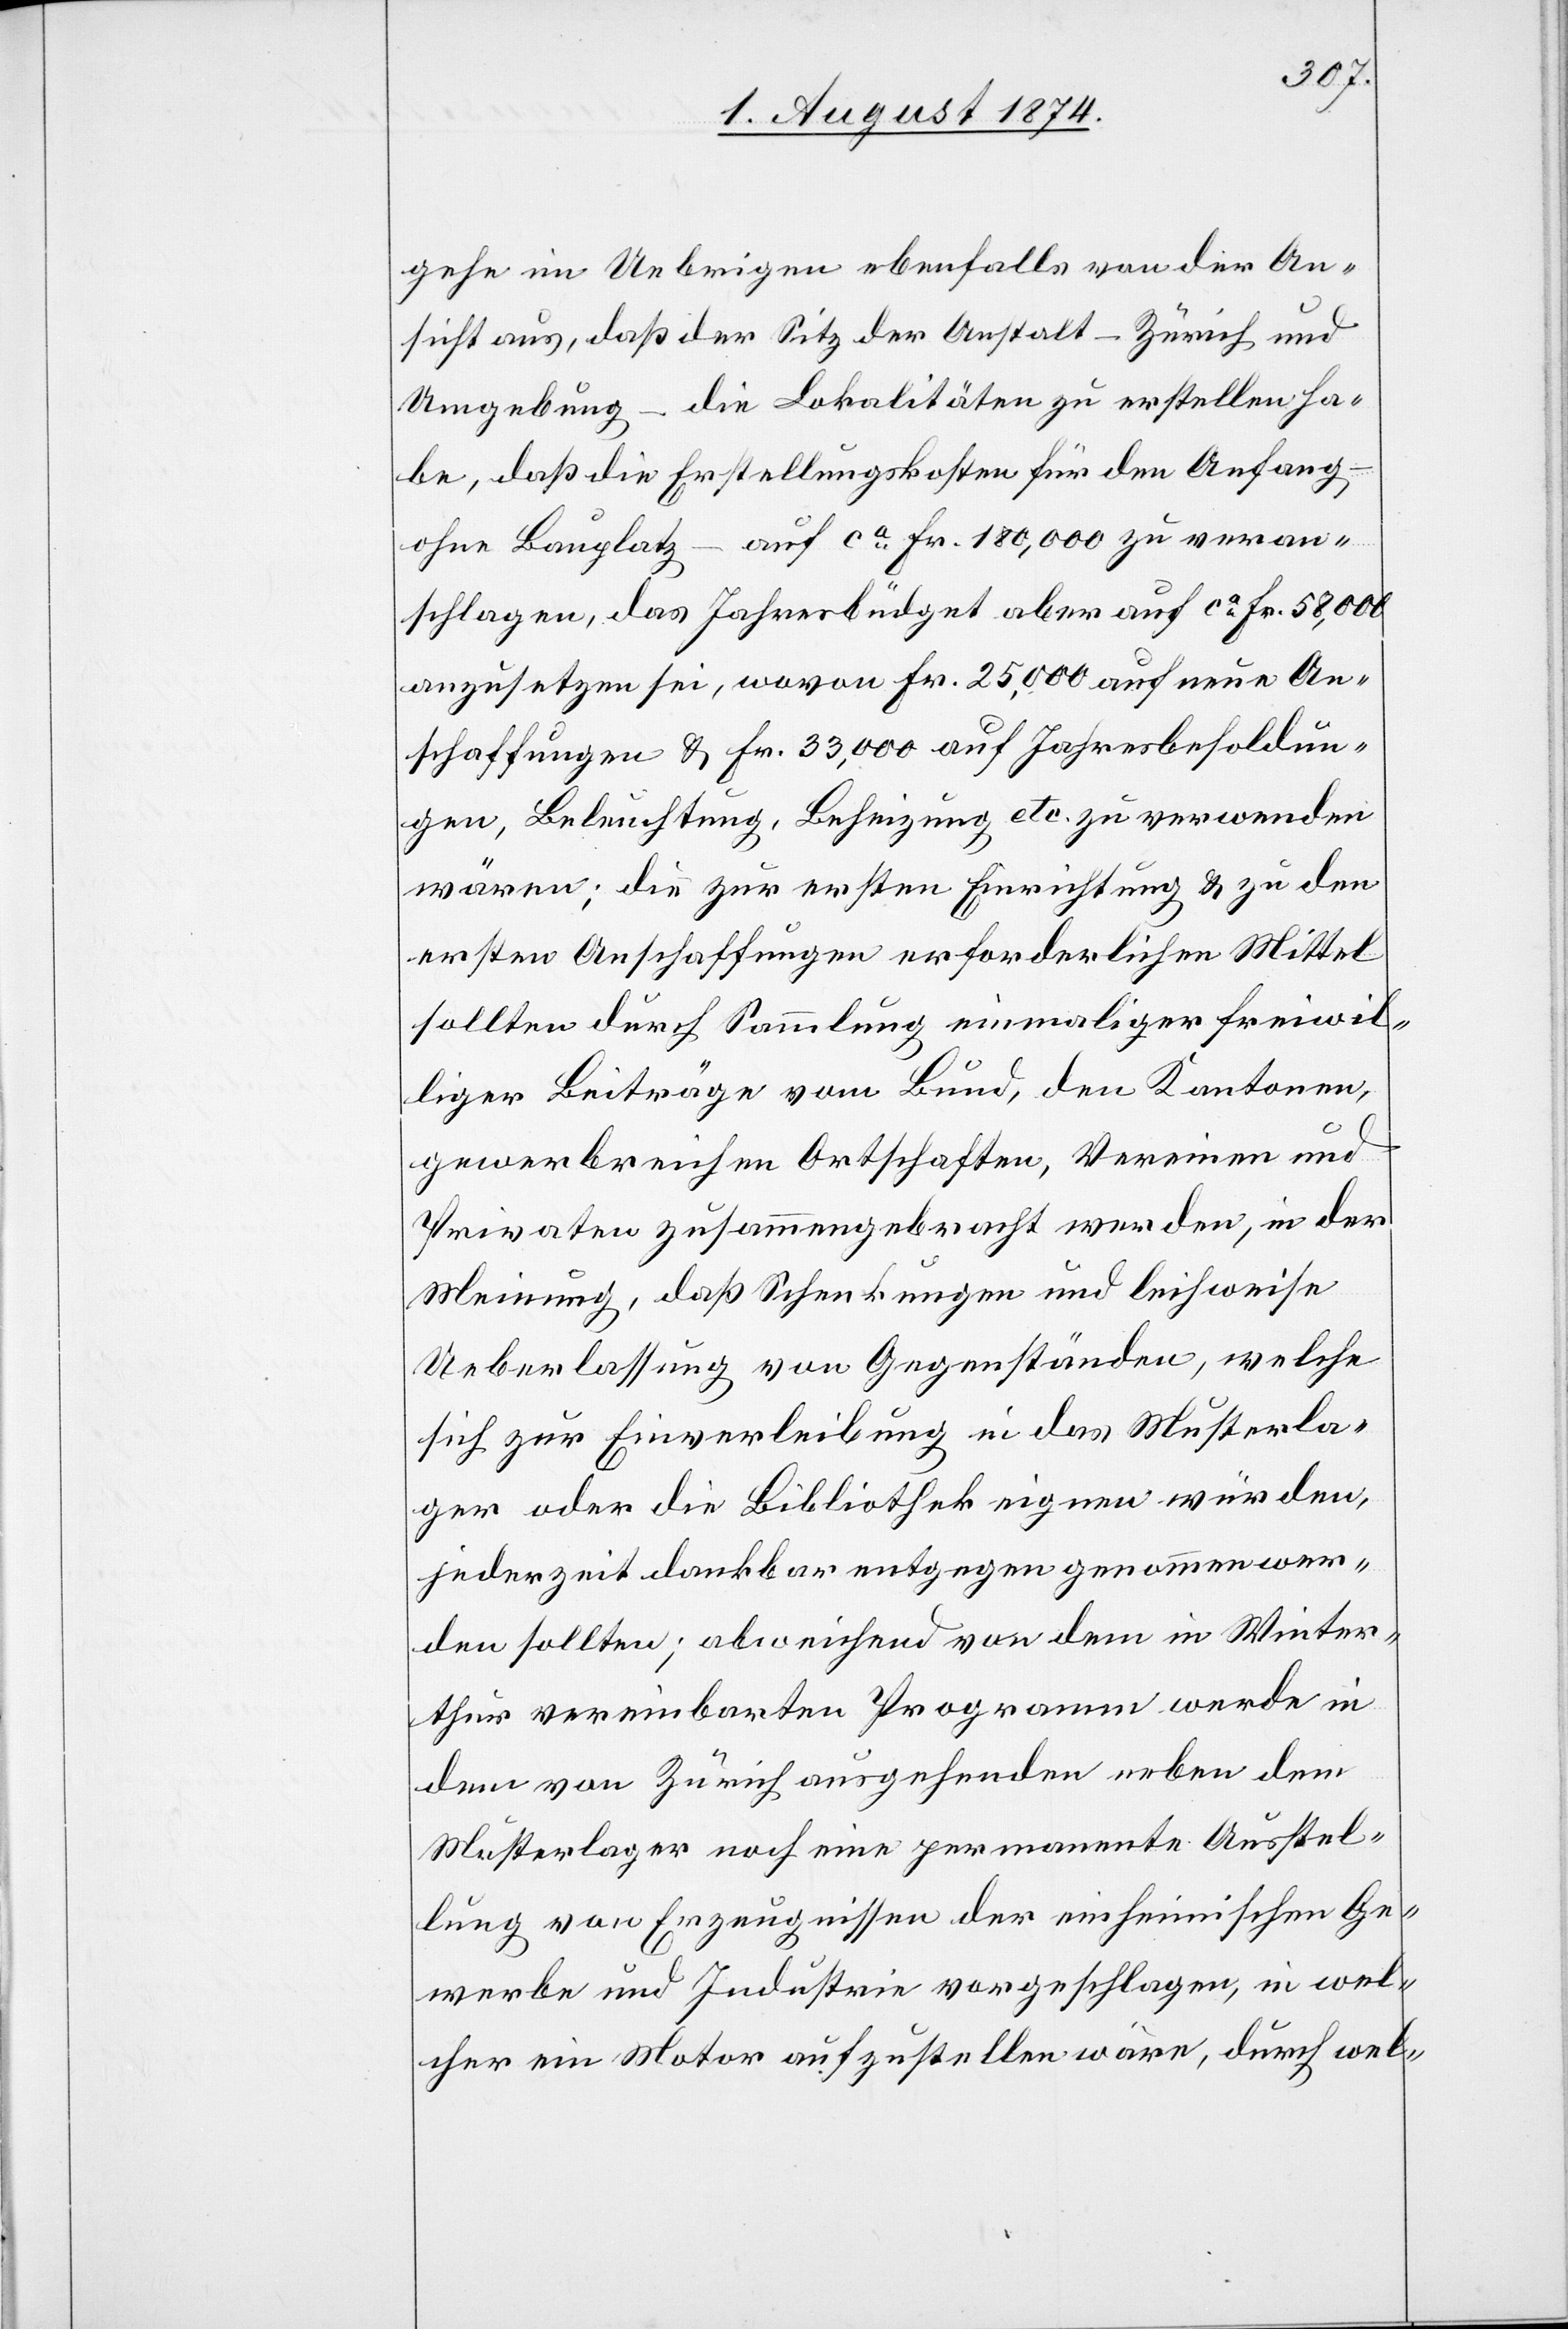
gehe im Uebrigen ebenfalls von der An¬
sicht aus, daß der Sitz der Anstalt – Zürich und
Umgebung – die Lokalitäten zu erstellen ha¬
be, daß die Erstellungskosten für den Anfang
ohne Bauplatz – auf ca Fr. 180,000 zu veran¬
schlagen, das Jahresbüdget aber auf ca Fr. 58,000
anzusetzen sei, wovon Fr. 25,000 auf neue An¬
schaffungen u. Fr. 33,000 auf Jahresbesoldun¬
gen, Beleuchtung, Beheizung etc. zu verwenden
wären; die zur ersten Einrichtung u. zu den
ersten Anschaffungen erforderlichen Mittel
sollten durch Sammlung einmaliger freiwil¬
liger Beiträge vom Bund, den Kantonen,
gewerbreichen Ortschaften, Vereinen und
Privaten zusammengebracht werden, in der
Meinung, daß Schenkungen und leihweise
Ueberlassung von Gegenständen, welche
sich zur Einverleibung in das Musterla¬
ger oder die Bibliothek eignen würden,
jederzeit dankbar entgegen genommen wer¬
den sollten; abweichend von dem in Winter¬
thur vereinbarten Programm werde in
dem von Zürich ausgehenden neben dem
Musterlager noch eine permanente Ausstel¬
lung von Erzeugnissen der einheimischen Ge¬
werbe und Industrie vorgeschlagen, in wel¬
cher ein Motor aufzustellen wäre, durch wel-